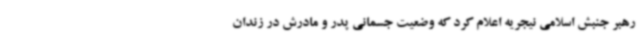
رهبر جنبش اسلامی نیجریه اعلام کرد که وضعیت جسمانی پدر و مادرش در زندان